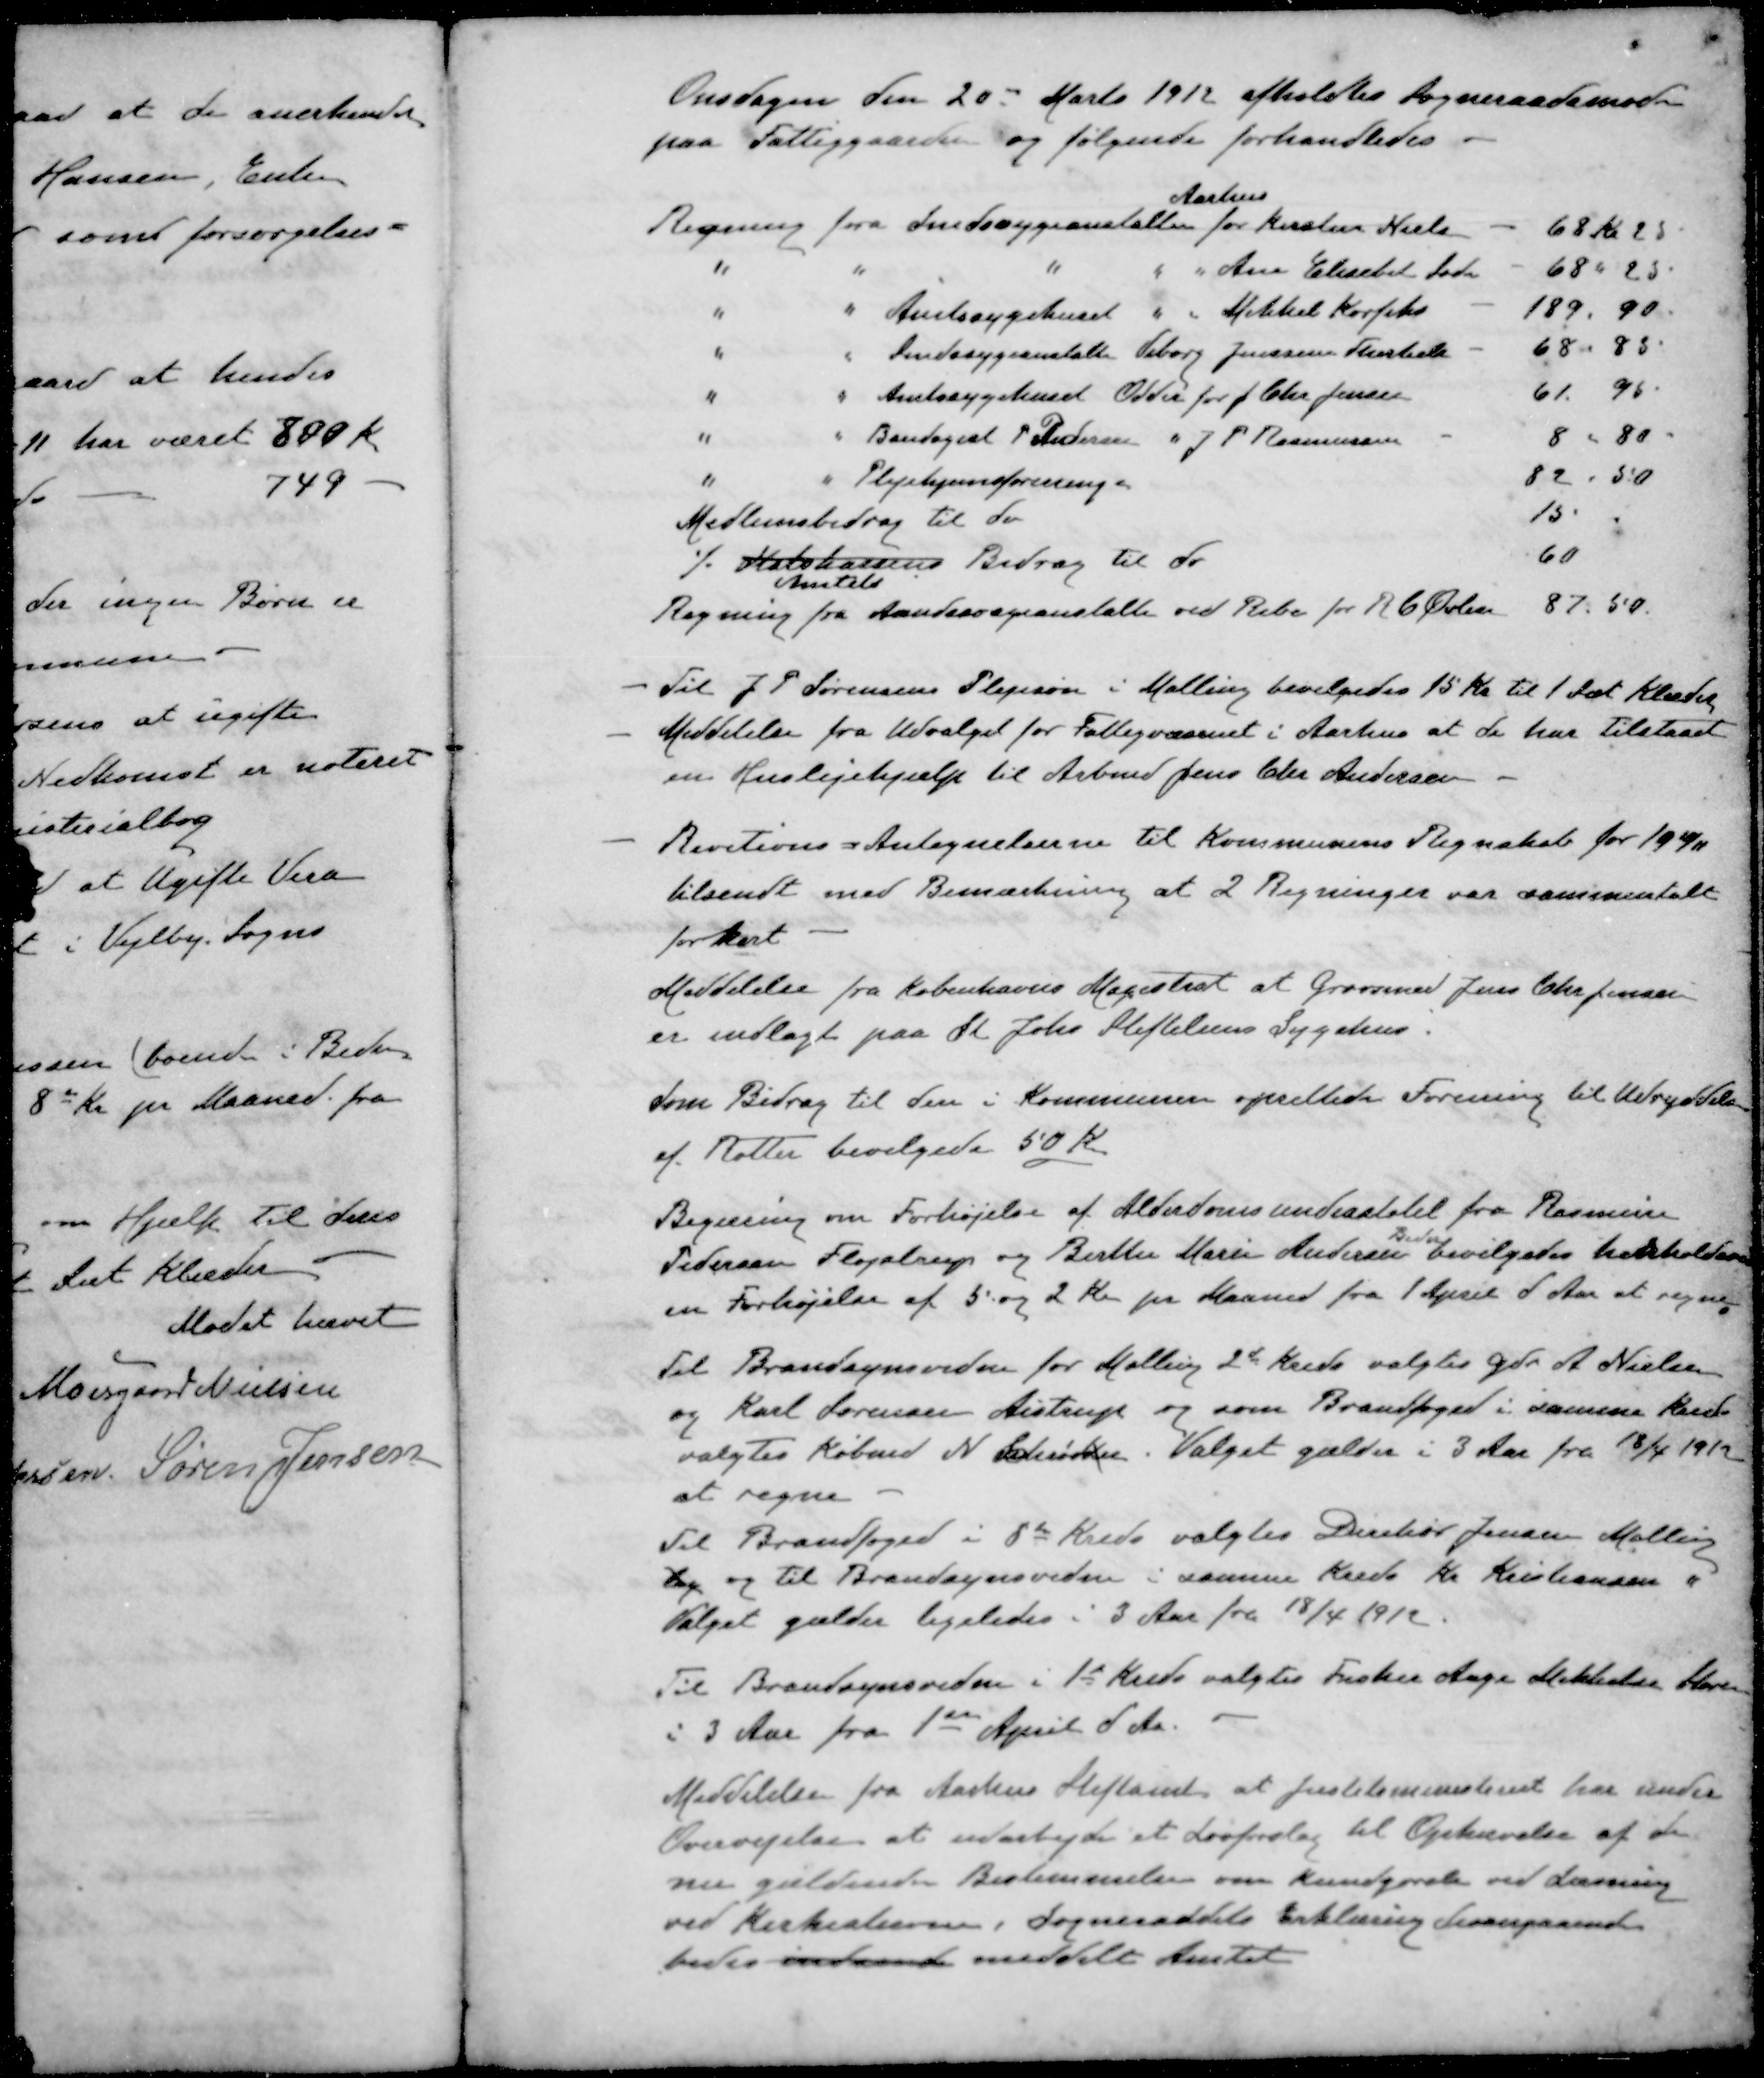
Transskription:
Onsdagen den 20 - Marts 1912 afholdtes Sogneraadsmøde
paa Fattiggaarden og følgende forhandledes
Aarhus
Regning fra Sindssygeanstalten for Kirsten Niels
68 kr 25
" " " " " Ane Elisabet Sode
68 " 25.
" " Amtssygehuset " Mikkel Korfits
189.90
" " Sindssygeanstalten Viborg Jensine Therkels
68 - 85
" " Amtssygehuset Odder for J. Chr. Jensen
61.95
" " Bandagist P. Andersen " J. P. Rasmussen
8 " 80
" " Plejehjemsforeningen
82.50
Medlemsbidrag til do
15
./. Statskassens Bidrag til do
60
Amtets
Regning fra Aandssvageanstalte ved Ribe for R C Øvlisen
87.50.
- Til J. P. Sørensens Plejesøn i Malling bevilgedes 15 Kr til 1 Sæt Klæder
- Meddelelse fra Udvalget for Fattigvæsenet i Aarhus at de har tilstaaet
en Huslejehjælp til Arbmd Jens Chr. Andersen
- Revitions - Antegnelserne til Kommunens Regnskab for 1918/11
tilsendt med Bemærkning at 2 Regninger var sammentalt
forkert
Meddelelse fra Københavns Magistrat at Grovsmed Jens Chr. Jensen
er indlagt paa St. Johs. Stiftelsens Sygehus
Som Bidrag til den i Kommunen oprettede Forening til Udryddelse
af Rotter bevilgedes 50 Kr
Begæring om Forhøjelse af Alderdomsunderstøtel fra Rasmine
Beder
Pedersen Fløjstrup og Birthe Marie Andersen bevilgedes henholdsvis
en Forhøjelse af 5 og 2 Kr pr Maaned fra 1 April d Aar at regne
Til Brandsynsvidne for Malling 2d Kreds valgtes Gdr. A. Nielsen
og Karl Sørensen Aistrup og som Brandfoged i samme Kreds
valgtes Købmd N. Schrøder. Valget gælder i 3 Aar fra 18/4 1912
at regne
Til Brandfoged i 8de Kreds valgtes Direktør Jensen Malling
lg og til Brandsynsvidne i samme Kreds Kr Kristiansen "
Valget gælder ligeledes i 3 Aar fra 18/4 1912.
Til Brandsynsvidne i 1st Kreds valgtes Fisker Aage Mikkelsen Store
i 3 Aar fra 1ste April d. Aa.
Meddelelse fra Aarhus Stiftamt at Justitsministeriet har under
Overvejelse at udarbejde et Lovforslag til Ophævelse af den
nu gældende Bestemmelse om kundgørelse ved Læsning
ved Kirkestævne. Sogneraadets Erklæring desangaaende
bedes indsend meddelt Amtet